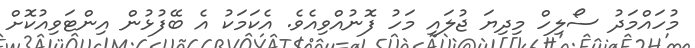
މުހައްމަދު ސޯލިހް މިދިޔަ ޖުލައި މަހު ފޮނުއްވިއެވެ. އެކަމަކު އެ ބޭފުޅުން އިންޓަވިއުކޮށް